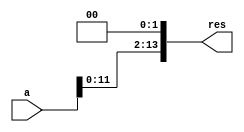
module shifter_2_14(a, res);

input[13:0] a;
output[13:0] res;

assign res[0] = 1'b0;
assign res[1] = 1'b0;
assign res[2] = a[0];
assign res[3] = a[1];
assign res[4] = a[2];
assign res[5] = a[3];
assign res[6] = a[4];
assign res[7] = a[5];
assign res[8] = a[6];
assign res[9] = a[7];
assign res[10] = a[8];
assign res[11] = a[9];
assign res[12] = a[10];
assign res[13] = a[11];
endmodule